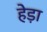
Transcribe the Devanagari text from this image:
हेड़ा